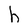
Character: h